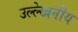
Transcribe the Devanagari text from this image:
उल्‍ल्‍ेखनीय